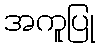
အကူပြု